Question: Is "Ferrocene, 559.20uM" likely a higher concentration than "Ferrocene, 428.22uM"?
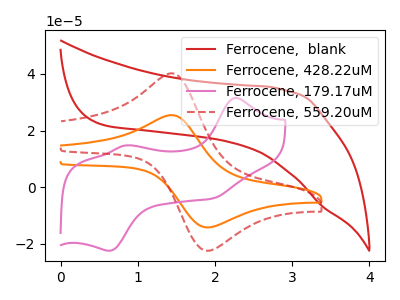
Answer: <think>The red curve "Ferrocene,  blank" has no peaks. The orange curve "Ferrocene, 428.22uM" has an anodic peak at (1.50V, 25.30uA) and a cathodic peak at (1.95V, -14.15uA). The pink curve "Ferrocene, 179.17uM" has anodic peaks at (2.25V, 31.50uA) (0.85V, 14.75uA) and cathodic peaks at (1.95V, -4.00uA) (0.65V, -22.45uA). The red dashed curve "Ferrocene, 559.20uM" has an anodic peak at (1.50V, 39.95uA) and a cathodic peak at (1.95V, -22.40uA).
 All the peaks in "Ferrocene, 559.20uM" have a peak in "Ferrocene, 428.22uM" at the same potential. Every peak in "Ferrocene, 559.20uM" is higher than every peak in "Ferrocene, 428.22uM".</think>
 <answer>"Ferrocene, 559.20uM" has more signal than "Ferrocene, 428.22uM".</answer>
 <eval>more_signal</eval>